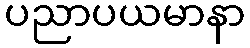
ပညာပယမာနာ